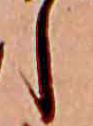
し